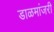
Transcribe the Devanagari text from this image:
डाळमांजरी